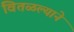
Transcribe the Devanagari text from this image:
वितळल्याने